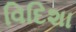
વિદિશા